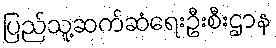
ပြည်သူ့ဆက်ဆံရေးဦးစီးဌာန